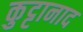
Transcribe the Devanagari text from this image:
कुट्टानाद